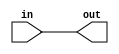
module wire_module(input in ,output out);
assign out=in;

endmodule